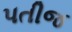
પતીજ